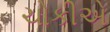
ચોકીએ